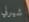
شيرلي